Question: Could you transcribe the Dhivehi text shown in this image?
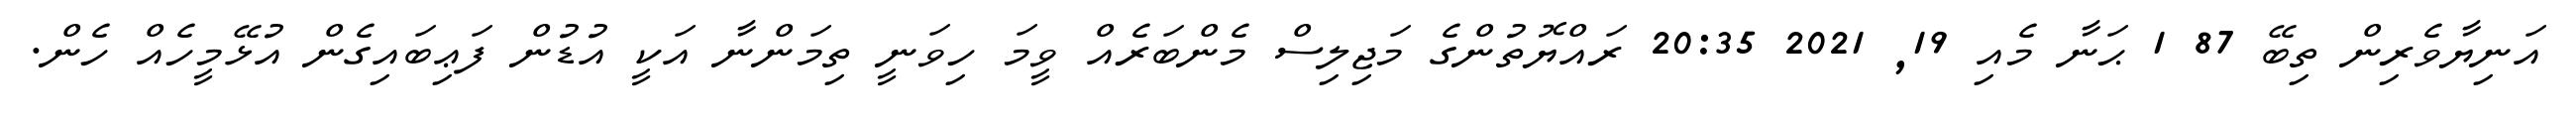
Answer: އަނިޔާވެރިން ތިބޭ 87 1 ޙަނާ މެއި 19, 2021 20:35 ރައްޔޮތުންގެ މަޖިލިސް މެންބަރެއް ވީމަ ހިވަނީ ތިމަންނާ އަކީ އުޑުން ފަޢިބައިގެން އުޅޭމީހެއް ހެން.